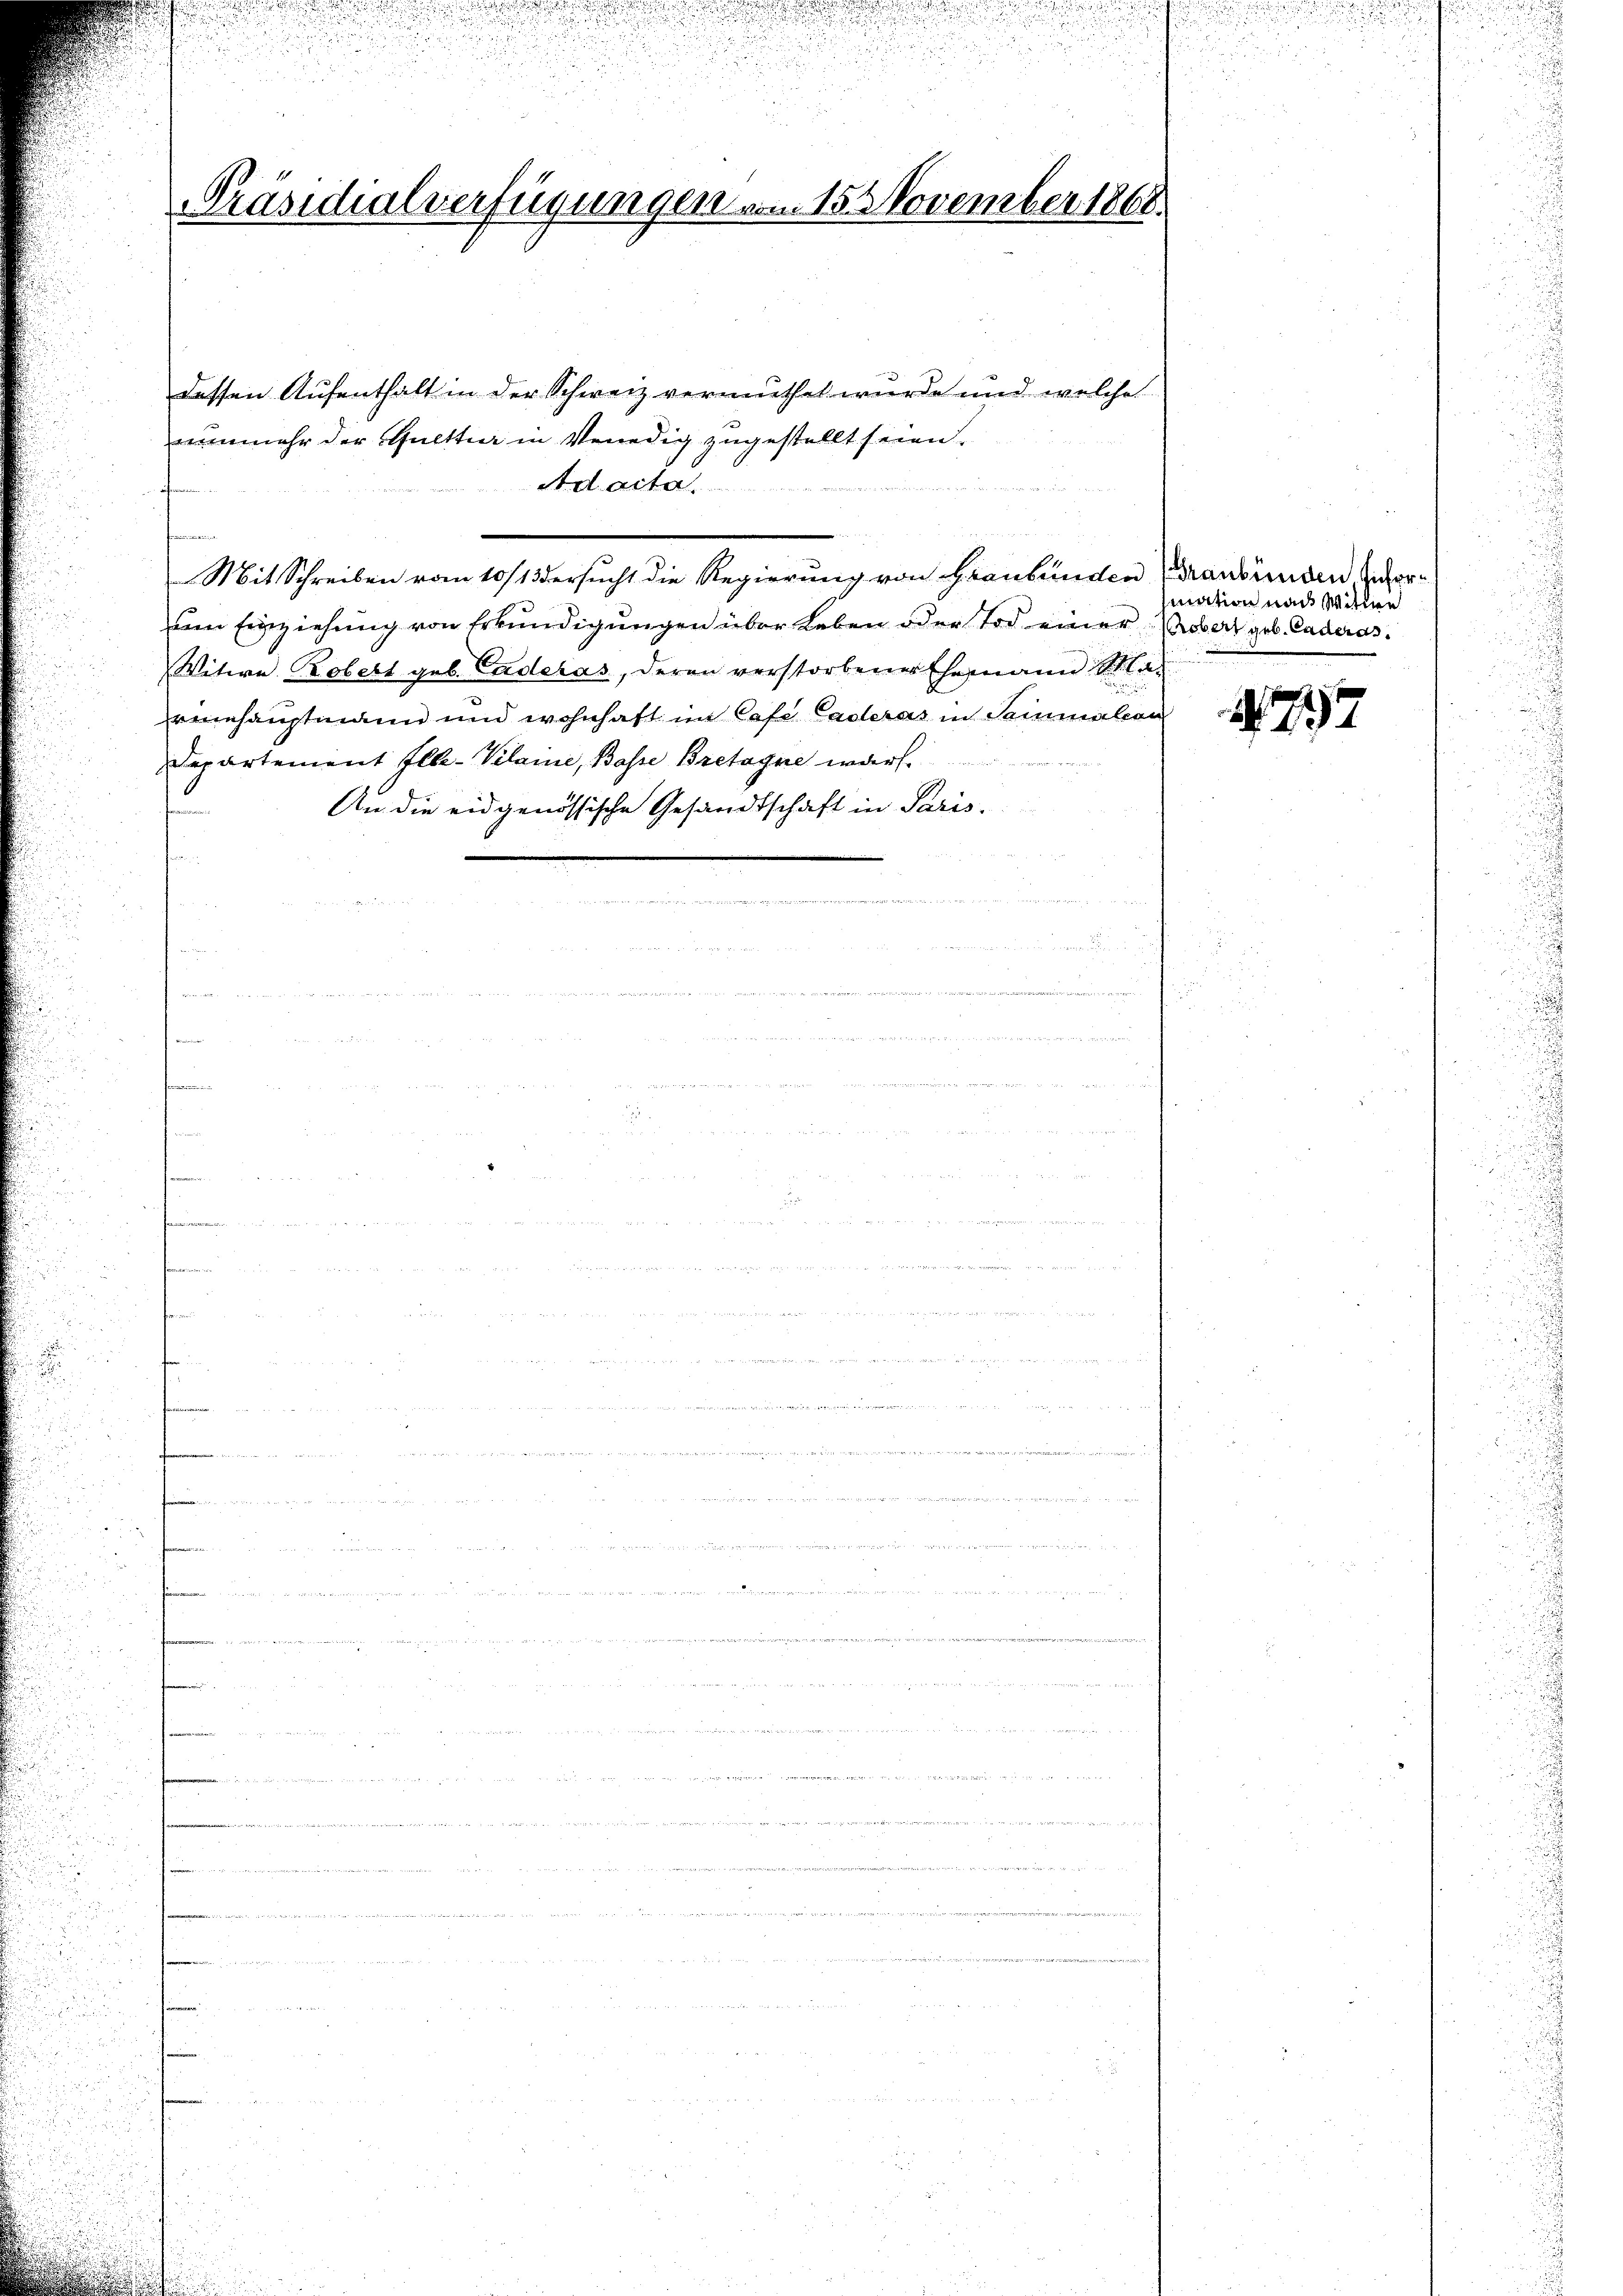
dessen Aufenthalt in der Schweiz vermuthet wurde und welche
nunmehr der Guetter in Venedig zugestellt seien.
Ad acta.

u
Mit Schreiben vom 10/13 ersucht die Regierung von Graubünden (Graubünden zuforam Einziehung von Erkundigungen über Leben oder Tod einer Probert geb. Caderas
Witwe Robert geb. Caderas, deren verstorbener Ehemann Schla
.
venhauptmann und wohnhaft im Cafe aderas in Sainmalcan
Departement Ille-Vilaine, Basse Bretagne warf
An die eidgenössische Gesandtschaft in Paris.
f

i

i

Präsidialverfügungen vom 15. November 1868.

mation nach Witwe

177

.